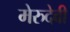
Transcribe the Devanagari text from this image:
मेरुदेवी